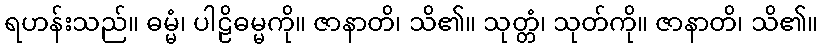
ရဟန်းသည်။ ဓမ္မံ၊ ပါဠိဓမ္မကို။ ဇာနာတိ၊ သိ၏။ သုတ္တံ၊ သုတ်ကို။ ဇာနာတိ၊ သိ၏။